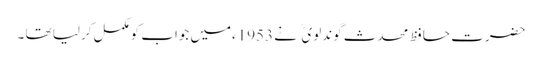
حضرت حافظ محدث گوندلوی نے 1953ءمیں جواب کومکمل کرلیا تھا ۔